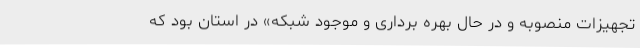
تجهیزات منصوبه و در حال بهره برداری و موجود شبکه» در استان بود که